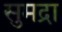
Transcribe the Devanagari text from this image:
सुमद्रा